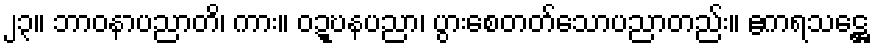
၂၃။ ဘာဝနာပညာတိ၊ ကား။ ဝဍ္ဎနပညာ၊ ပွားစေတတ်သောပညာတည်း။ ဧကရသဋ္ဌေ